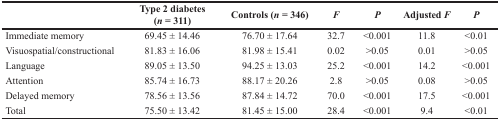
<table><thead><tr><td></td><td><b>Type 2 diabetes(<i>n</i> = 311)</b></td><td><b>Controls (<i>n</i> = 346)</b></td><td><b><i>F</i></b></td><td><b><i>P</i></b></td><td><b>Adjusted <i>F</i></b></td><td><b><i>P</i></b></td></tr></thead><tbody><tr><td>Immediate memory</td><td>69.45 ± 14.46</td><td>76.70 ± 17.64</td><td>32.7</td><td>&lt;0.001</td><td>11.8</td><td>&lt;0.01</td></tr><tr><td>Visuospatial/constructional</td><td>81.83 ± 16.06</td><td>81.98 ± 15.41</td><td>0.02</td><td>&gt;0.05</td><td>0.01</td><td>&gt;0.05</td></tr><tr><td>Language</td><td>89.05 ± 13.50</td><td>94.25 ± 13.03</td><td>25.2</td><td>&lt;0.001</td><td>14.2</td><td>&lt;0.001</td></tr><tr><td>Attention</td><td>85.74 ± 16.73</td><td>88.17 ± 20.26</td><td>2.8</td><td>&gt;0.05</td><td>0.08</td><td>&gt;0.05</td></tr><tr><td>Delayed memory</td><td>78.56 ± 13.56</td><td>87.84 ± 14.72</td><td>70.0</td><td>&lt;0.001</td><td>17.5</td><td>&lt;0.001</td></tr><tr><td>Total</td><td>75.50 ± 13.42</td><td>81.45 ± 15.00</td><td>28.4</td><td>&lt;0.001</td><td>9.4</td><td>&lt;0.01</td></tr></tbody></table>